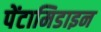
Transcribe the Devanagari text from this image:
पेंटामिडाइन